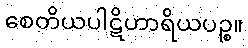
စေတိယပါဋိဟာရိယပဉ္စ။